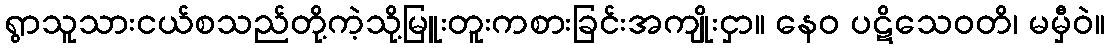
ရွာသူသားငယ်စသည်တို့ကဲ့သို့မြူးတူးကစားခြင်းအကျိုးငှာ။ နေဝ ပဋိသေဝတိ၊ မမှီဝဲ။